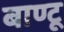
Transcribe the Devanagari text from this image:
बाण्टू